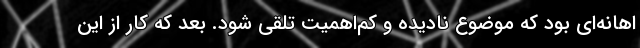
اهانه‌ای بود که موضوع نادیده و کم‌اهمیت تلقی شود. بعد که کار از این